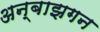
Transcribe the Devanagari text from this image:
अन्बाझगन